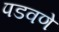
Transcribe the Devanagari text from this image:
पडवणे